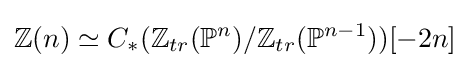
\mathbb {Z} (n)\simeq C_{*}(\mathbb {Z} _{tr}(\mathbb {P} ^{n})/\mathbb {Z} _{tr}(\mathbb {P} ^{n-1}))[-2n]